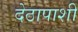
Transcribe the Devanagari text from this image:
देठापाशी